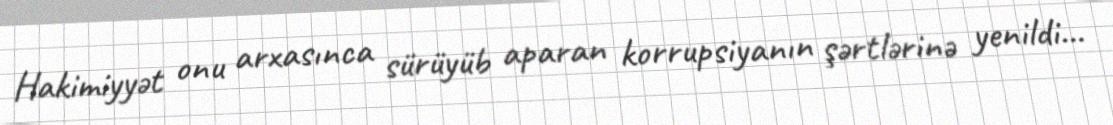
Hakimiyyət onu arxasınca sürüyüb aparan korrupsiyanın şərtlərinə yenildi...